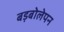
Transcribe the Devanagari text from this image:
बड़बोलेपन